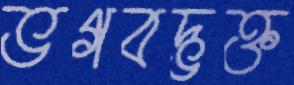
ভগবদ্ভক্ত